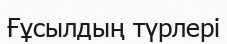
Ғұсылдың түрлері